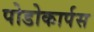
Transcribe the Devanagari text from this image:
पोडोकार्पस